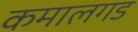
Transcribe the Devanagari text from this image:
कमालगड